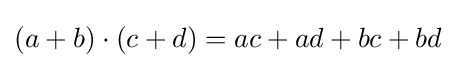
(a+b)\cdot (c+d)=ac+ad+bc+bd